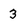
Character: 3